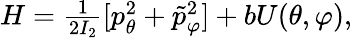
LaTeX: \begin{array}{r}{H=\frac{1}{2I_{2}}[p_{\theta}^{2}+\tilde{p}_{\varphi}^{2}]+bU(\theta,\varphi),}\end{array}